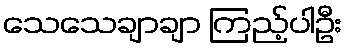
သေသေချာချာ ကြည့်ပါဦး